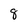
Character: 8